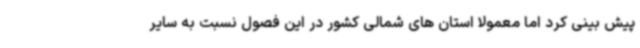
پیش بینی کرد اما معمولا استان های شمالی کشور در این فصول نسبت به سایر